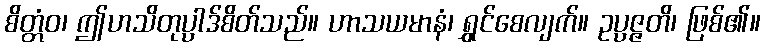
စိတ္တံဝ၊ ဤဟသိတုပ္ပါဒ်စိတ်သည်။ ဟာသယမာနံ၊ ရွှင်စေလျက်။ ဥပ္ပဇ္ဇတိ၊ ဖြစ်၏။